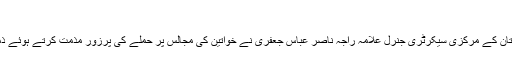
04 نومبر 2016 - 10:57
خبررساں ادارے تسنیم کے مطابق، مجلس وحدت مسلمین پاکستان کے مرکزی سیکرٹری جنرل علامہ راجہ ناصر عباس جعفری نے خواتین کی مجالس پر حملے کی پرزور مذمت کرتے ہوئے ذمہ داران کو جلد از جلد کیفر کردار تک پہنچانے کا مطالبہ کیا۔